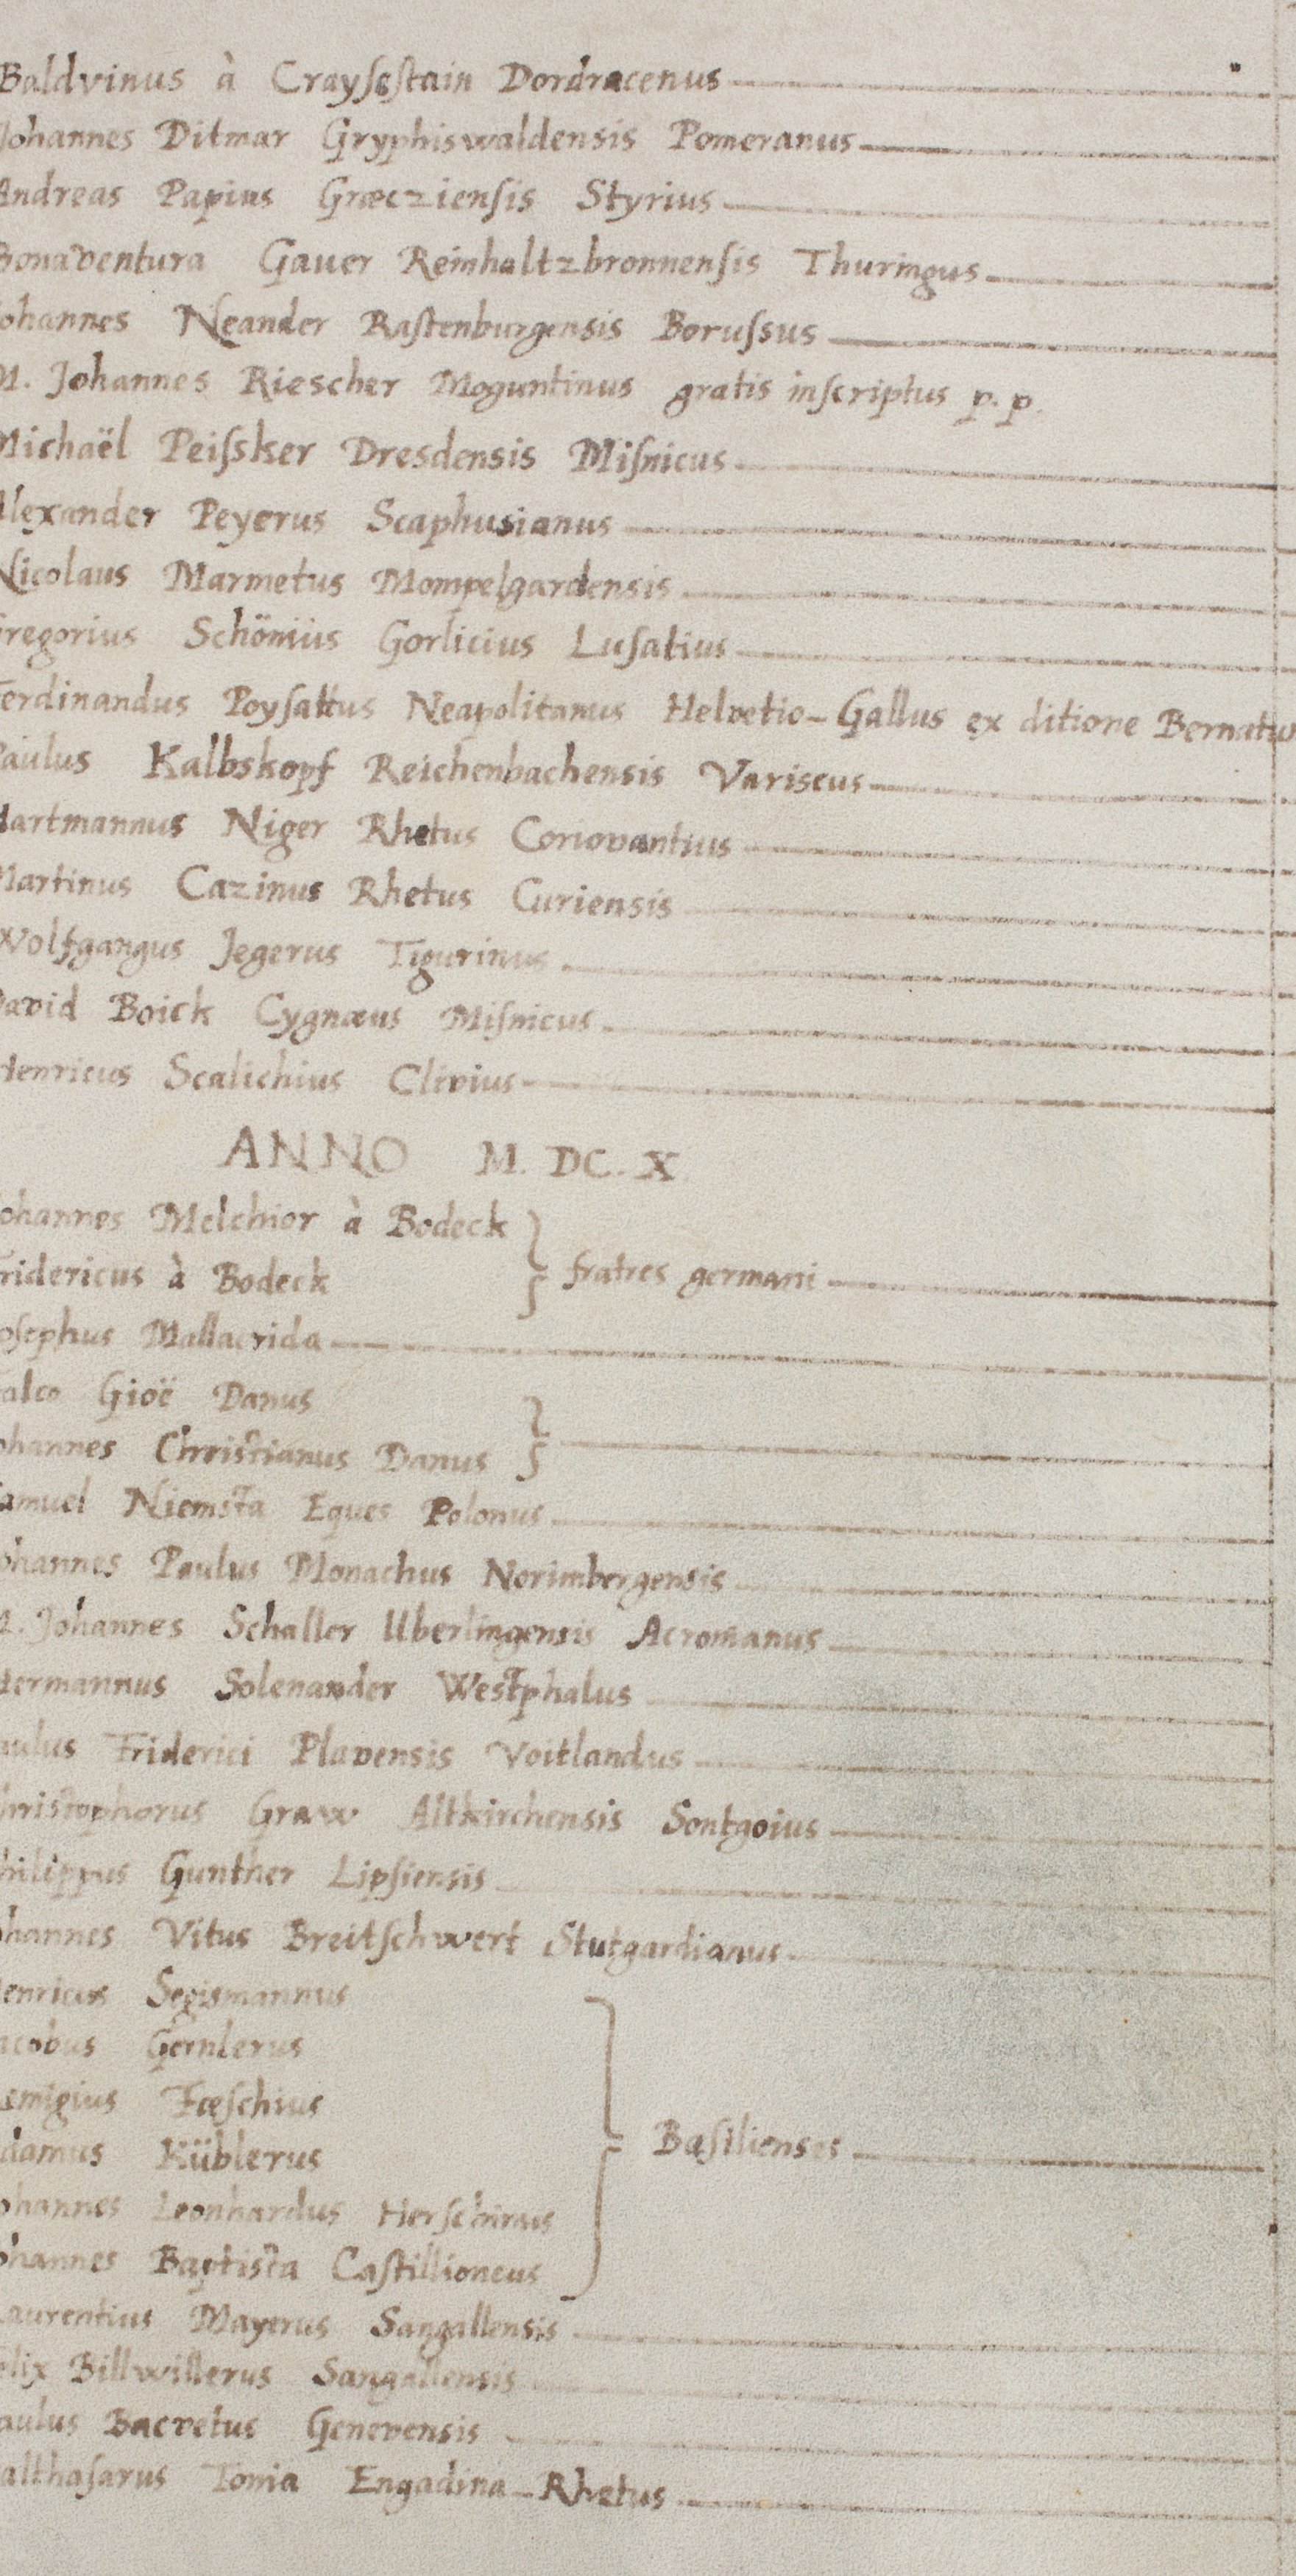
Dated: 1568–1653